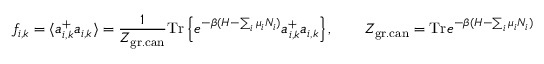
f _ { i , k } = \langle a _ { i , k } ^ { + } a _ { i , k } \rangle = \frac { 1 } { Z _ { \mathrm { g r . c a n } } } \mathrm { T r } \left\{ e ^ { - \beta ( H - \sum _ { i } \mu _ { i } N _ { i } ) } a _ { i , k } ^ { + } a _ { i , k } \right\} , \qquad Z _ { \mathrm { g r . c a n } } = \mathrm { T r } e ^ { - \beta ( H - \sum _ { i } \mu _ { i } N _ { i } ) }